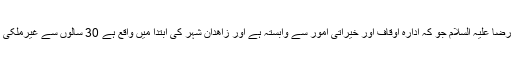
پاکستانی زائرین کو یہ خدمات فراہم کرنے کے علاوہ ، ایک زائر سرا امام رضا علیہ السلام جو کہ ادارہ اوقاف اور خیراتی امور سے وابستہ ہے اور زاھدان شہر کی ابتدا میں واقع ہے 30 سالوں سے غیرملکی بالخصوص پاکستانی زائرین کی میزبانی کے فرائض سرانجام دے رہا ہے ۔